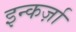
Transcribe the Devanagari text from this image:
इन्कर्ज़ा